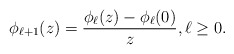
\begin{align*}\phi_{\ell+1}(z) = \frac{\phi_\ell(z) - \phi_\ell(0)}{z},\ell\ge 0.\end{align*}